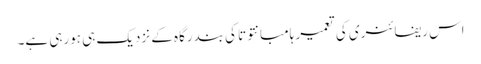
اس ریفائنری کی تعمیر ہامبانتوتا کی بندرگاہ کے نزدیک ہی ہورہی ہے۔